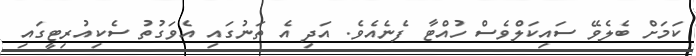
ކަމަށް ބެލެވޭ ސައިކަލްވެސް ހުއްޓާ ފެނެއެވެ. އަދި އެ ތަނުގައި އެވަގުތު ސެކިއުރިޓީގައި